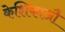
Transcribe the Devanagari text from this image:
केशिकाऔ